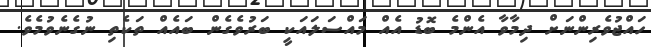
ހައްޖުވެރިންނަށް ދިމާވާ އެންމެ ބޮޑު އެއް މައްސަލައަކީ ބަރުވެގެން ބައެއް ތަކެތި ނުގެނެވުމެވެ.